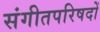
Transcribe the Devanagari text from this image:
संगीतपरिषदों